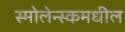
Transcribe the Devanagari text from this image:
स्मोलेन्स्कमधील